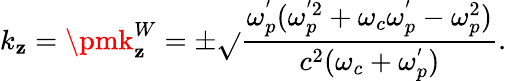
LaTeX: k_{\mathbf{z}}=\pmk_{\mathbf{z}}^{W}=\pm\sqrt{}{{\frac{{\omega_{p}^{'}(\omega_{p}^{'2}+\omega_{c}\omega_{p}^{'}-\omega_{p}^{2})}}{{c^{2}(\omega_{c}+\omega_{p}^{'})}}}}.